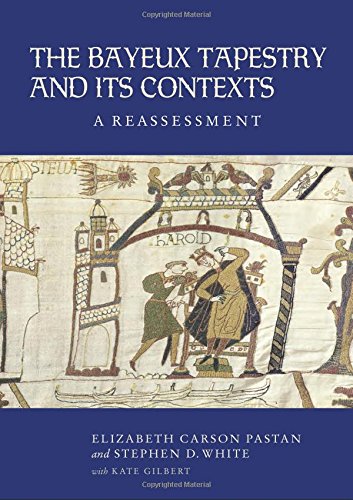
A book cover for The Bayeux Tapestry and Its Contexts; Elizabeth Carson Pastan; Crafts, Hobbies & Home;